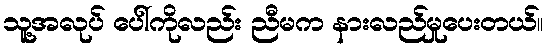
သူ့အလုပ် ပေါ်ကိုလည်း ညီမက နားလည်မှုပေးတယ်။